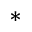
^ { * }